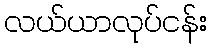
လယ်ယာလုပ်ငန်း